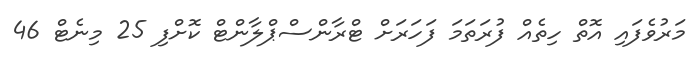
މަރުވެފައި އޮތް ހިތެއް ފުރަތަމަ ފަހަރަށް ޓްރާންސްޕްލާންޓް ކޮށްފި 25 މިނެޓް 46